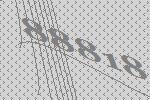
88818